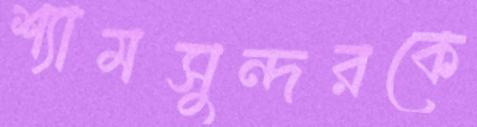
শ্যামসুন্দরকে